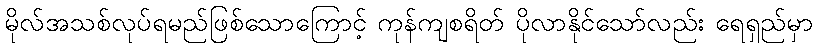
မိုလ်အသစ်လုပ်ရမည်ဖြစ်သောကြောင့် ကုန်ကျစရိတ် ပိုလာနိုင်သော်လည်း ရေရှည်မှာ